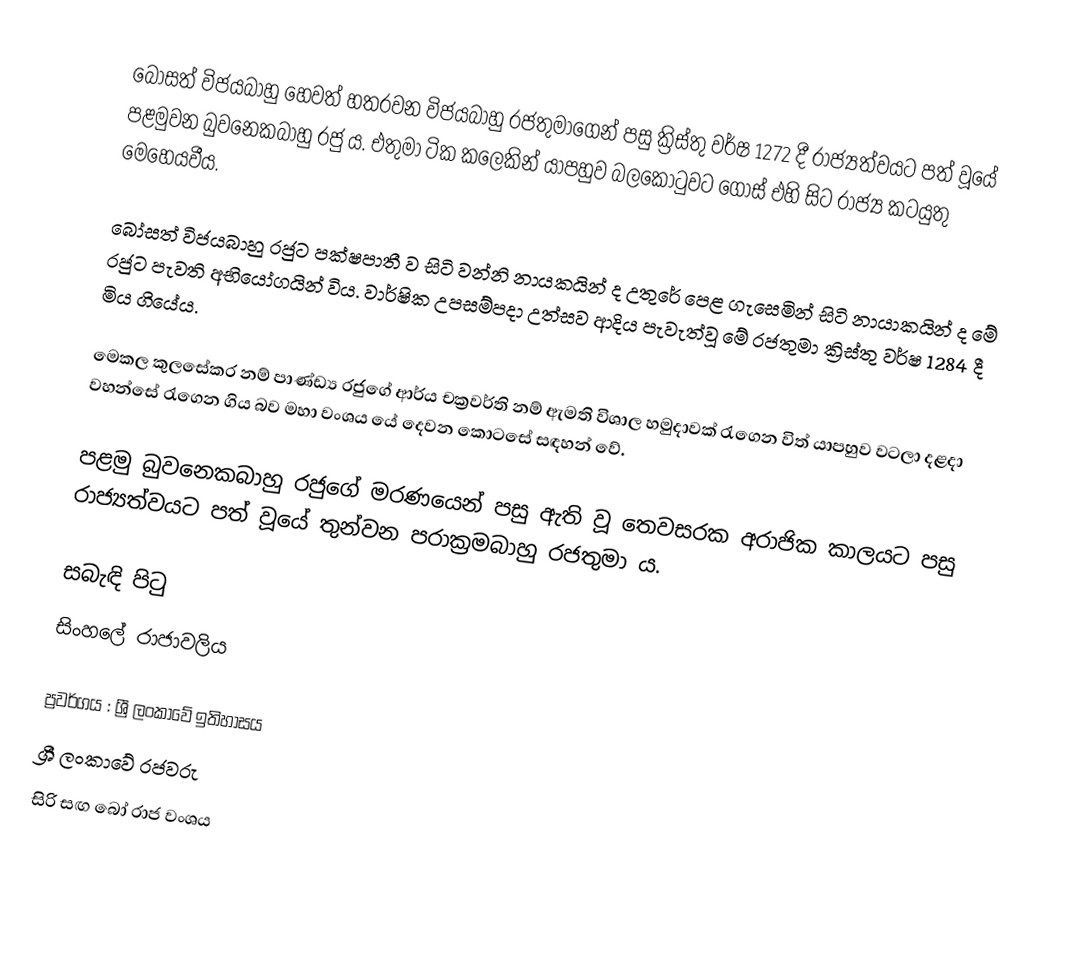
බෝසත් විජයබාහු හෙවත් හතරවන විජයබාහු රජතුමාගෙන් පසු ක්‍රිස්තු වර්ෂ 1272 දී රාජ්‍යත්වයට පත් වූයේ පළමුවන බුවනෙකබාහු රජු ය. එතුමා ටික කලෙකින් යාපහුව බලකොටුවට ගොස් එහි සිට රාජ්‍ය කටයුතු මෙහෙයවීය.

බෝසත් විජයබාහු රජුට පක්ෂපාතී ව සිටි වන්නි නායකයින් ද උතුරේ පෙළ ගැසෙමින් සිටි නායාකයින් ද මේ රජුට පැවති අභියෝගයින් විය. වාර්ෂික උපසම්පදා උත්සව ආදිය පැවැත්වූ මේ රජතුමා ක්‍රිස්තු වර්ෂ 1284 දී මිය ගියේය.

මෙකල කුලසේකර නම් පාණ්ඩ්‍ය රජුගේ ආර්ය චක්‍රවර්ති නම් ඇමති විශාල හමුදාවක් රැගෙන විත් යාපහුව වටලා දළදා වහන්සේ රැගෙන ගිය බව මහා වංශය යේ දෙවන කොටසේ සඳහන් වේ.

පළමු බුවනෙකබාහු රජුගේ මරණයෙන් පසු ඇති වූ තෙවසරක අරාජික කාලයට පසු රාජ්‍යත්වයට පත් වූයේ තුන්වන පරාක්‍රමබාහු රජතුමා ය.

සබැඳි පිටු
 සිංහලේ රාජාවලිය

ප්‍රවර්ගය : ශ්‍රී ලංකාවේ ඉතිහාසය
ශ්‍රී ලංකාවේ රජවරු
සිරි සඟ බෝ රාජ වංශය